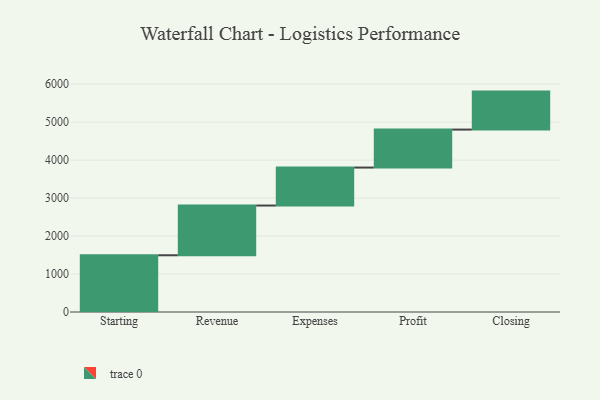
{"axis": {"x": "Step", "y": "Value"}, "legend": [""], "data": [{"x": "Starting", "y": 1494.0, "type": ""}, {"x": "Revenue", "y": 1309.0, "type": ""}, {"x": "Expenses", "y": 1000, "type": ""}, {"x": "Profit", "y": 1000, "type": ""}, {"x": "Closing", "y": 1000, "type": ""}]}